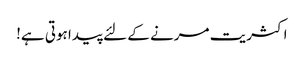
اکثریت مرنے کے لئے پیدا ہوتی ہے!